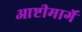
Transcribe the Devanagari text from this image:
आष्टीमार्गे